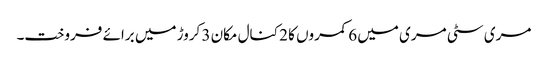
مری سٹی مری میں 6 کمروں کا 2 کنال مکان 3 کروڑ میں برائے فروخت۔